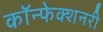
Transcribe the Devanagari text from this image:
कॉन्फेक्शनरी